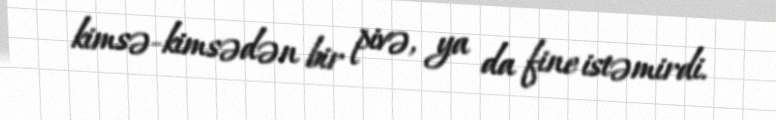
kimsə-kimsədən bir pivə, ya da fine istəmirdi.